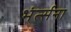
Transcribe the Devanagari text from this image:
भंर्त्सना